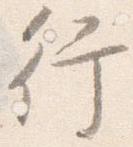
行